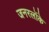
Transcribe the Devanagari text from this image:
जनरलोंके